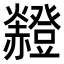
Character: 𧺄